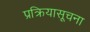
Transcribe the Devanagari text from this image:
प्रक्रियासूचना